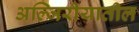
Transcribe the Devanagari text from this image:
अल्जिरीयातील